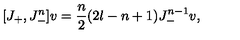
[ J _ { + } , J _ { - } ^ { n } ] v = { \frac { n } { 2 } } ( 2 l - n + 1 ) J _ { - } ^ { n - 1 } v ,